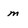
Character: m